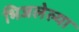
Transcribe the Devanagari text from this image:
भिजलेल्या